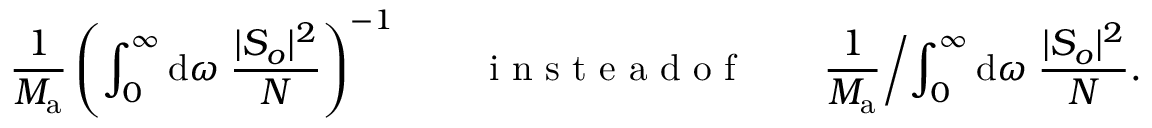
\frac { 1 } { M _ { \mathrm { a } } } \left( \int _ { 0 } ^ { \infty } \mathrm { d } \omega \; \frac { | S _ { o } | ^ { 2 } } { N } \right) ^ { - 1 } \qquad \mathrm { ~ i ~ n ~ s ~ t ~ e ~ a ~ d ~ o ~ f ~ } \qquad \frac { 1 } { M _ { \mathrm { a } } } \biggl / \int _ { 0 } ^ { \infty } \mathrm { d } \omega \; \frac { | S _ { o } | ^ { 2 } } { N } .